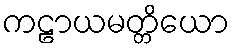
ကဠာယမတ္တိယော